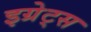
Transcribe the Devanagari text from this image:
इग्रेट्स